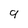
Character: 9